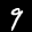
Label: 9